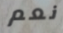
نعم